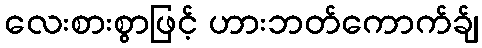
လေးစားစွာဖြင့် ဟားဘတ်ကောက်ခ်ျ